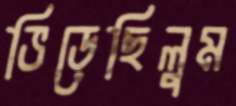
ভিড়েছিলুম